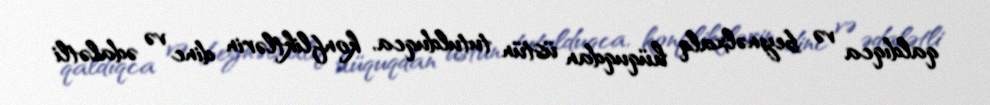
qaldıqca və beynəlxalq hüquqdan üstün tutulduqca, konfliktlərin dinc və ədalətli